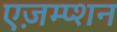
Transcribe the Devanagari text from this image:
एज़म्प्शन